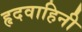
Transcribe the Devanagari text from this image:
हृदवाहिनी